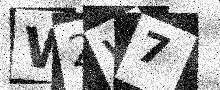
Text: W2W7